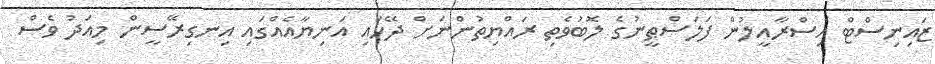
ޒައިނިސްޓް އިސްރާއީލުން ފަލަސްޠީނުގެ ލޮބުވެތި ރައްޔިތުންނަށް ދޭހައި އަނިޔާއެއްގައި އިނގިރޭސީން މިއަދު ވެސް